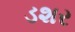
ડશર